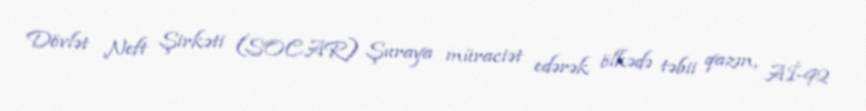
Dövlət Neft Şirkəti (SOCAR) Şuraya müraciət edərək ölkədə təbii qazın, Aİ-92